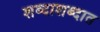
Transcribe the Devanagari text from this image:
शब्दाशब्दात